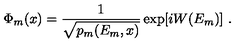
\Phi _ { m } ( x ) = { \frac { 1 } { \sqrt { p _ { m } ( E _ { m } , x ) } } } \exp [ i W ( E _ { m } ) ] \ .